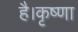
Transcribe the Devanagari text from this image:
है।कृष्णा